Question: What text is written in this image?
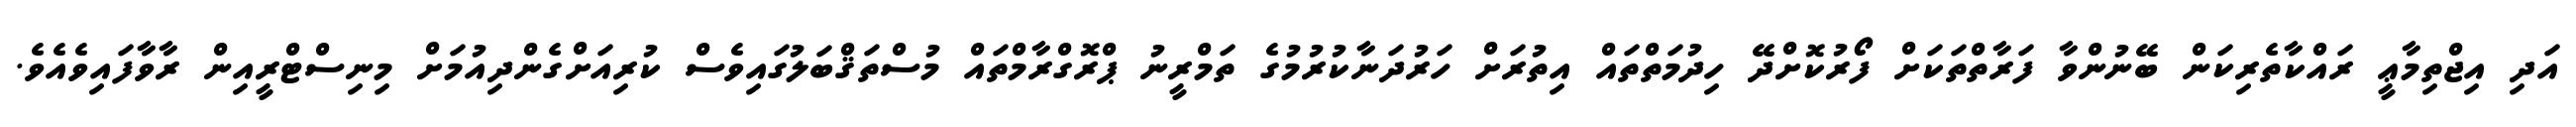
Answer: އަދި އިޖްތިމާޢީ ރައްކާތެރިކަން ބޭނުންވާ ފަރާތްތަކަށް ފޯރުކޮށްދޭ ހިދުމަތްތައް އިތުރަށް ހަރުދަނާކުރުމުގެ ތަމްރީނު ޕްރޮގްރާމްތައް މުސްތަޤްބަލުގައިވެސް ކުރިއަށްގެންދިއުމަށް މިނިސްޓްރީއިން ރާވާފައިވެއެވެ.